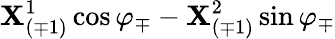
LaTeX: {\mathbf{X}_{(\mp1)}^{1}\cos\varphi_{\mp}-\mathbf{X}_{(\mp1)}^{2}\sin\varphi_{\mp}}